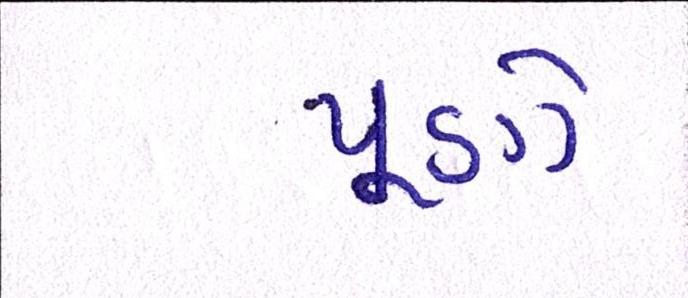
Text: પૂણે